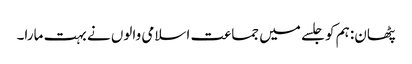
پٹھان: ہم کو جلسے میں جماعت اسلامی والوں نے بہت مارا۔